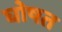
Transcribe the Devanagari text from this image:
घोषत